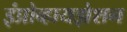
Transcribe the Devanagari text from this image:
इंप्रोव्हायझेशन